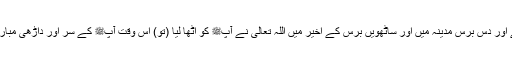
پھر آپﷺ دس برس مکہ میں رہے اور دس برس مدینہ میں اور ساٹھویں برس کے اخیر میں اللہ تعالیٰ نے آپﷺ کو اٹھا لیا (تو) اُس وقت آپﷺ کے سر اور داڑھی مبارک میں بیس بال بھی سفید نہ تھے۔